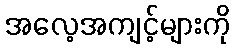
အလေ့အကျင့်များကို